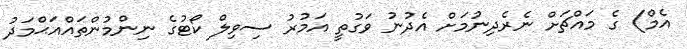
އެމް) ގެ މައްޗަށް ނެރެދިނުމަށް އެދުނު ވަގުތީ އަމުރު ސިވިލް ކޯޓުގެ ނިންމުންތައްއަޙްމަދު